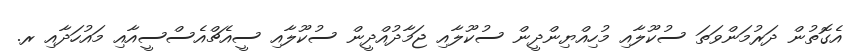
އެގޮތުން ދަރުމަންވަތަ ސުކޫލާއި މުހިއްޔިންދީން ސުކޫލާއި ޖަމާދުއްދީން ސުކޫލާއި ސީއެޗްއެސްސީއާއި މައުހަދާއި ރ.